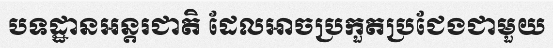
បទដ្ឋានអន្តរជាតិ ដែលអាចប្រកួតប្រជែងជាមួយ